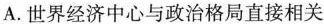
A.世界经济中心与政治格局直接相关